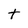
Character: t